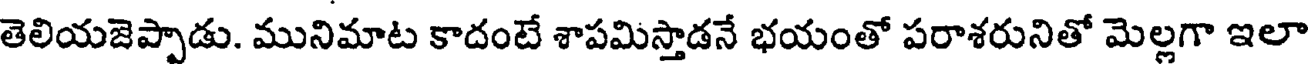
తెలియజెప్పాడు. మునిమాట కాదంటే శాపమిస్తాడనే భయంతో పరాశరునితో మెల్లగా ఇలా